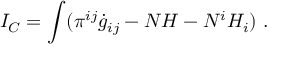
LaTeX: I _ { C } = \int ( \pi ^ { i j } \dot { g } _ { i j } - N { \cal H } - N ^ { i } { \cal H } _ { i } ) \ .